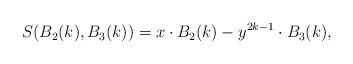
LaTeX: \begin{align*}\begin{gathered}S(B_2(k),B_3(k))=x\cdot B_2(k)-y^{2k-1}\cdot B_3(k),\end{gathered}\end{align*}